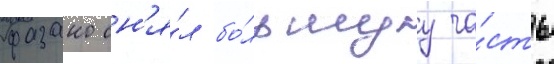
фазано сн'я́л бо́льшуу ча́сть